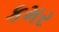
કમર